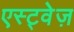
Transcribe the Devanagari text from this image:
एस्ट्वेज़